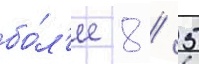
бо́л'ее 8 / 5